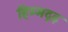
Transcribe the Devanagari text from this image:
हिम्मद्गढ़